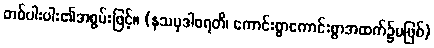
တစ်ပါးပါး၏အစွမ်းဖြင့်။ (နသမုဒါစရတိ၊ ကောင်းစွာကောင်းစွာအထက်၌မဖြစ်)